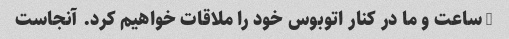
2 ساعت و ما در کنار اتوبوس خود را ملاقات خواهیم کرد. آنجاست